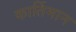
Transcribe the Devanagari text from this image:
कार्तिमान